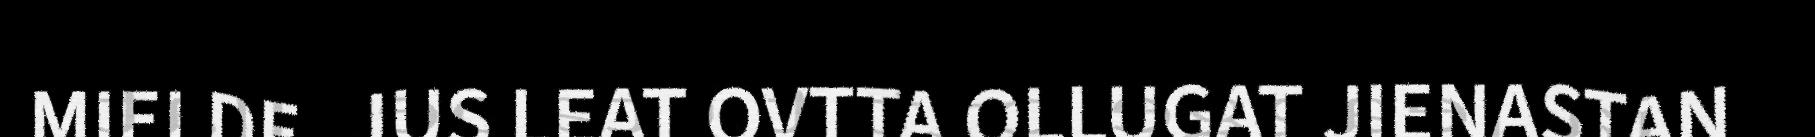
MIELDE. JUS LEAT OVTTA OLLUGAT JIENASTAN